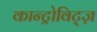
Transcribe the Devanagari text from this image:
कान्ट्रोविट्ज़